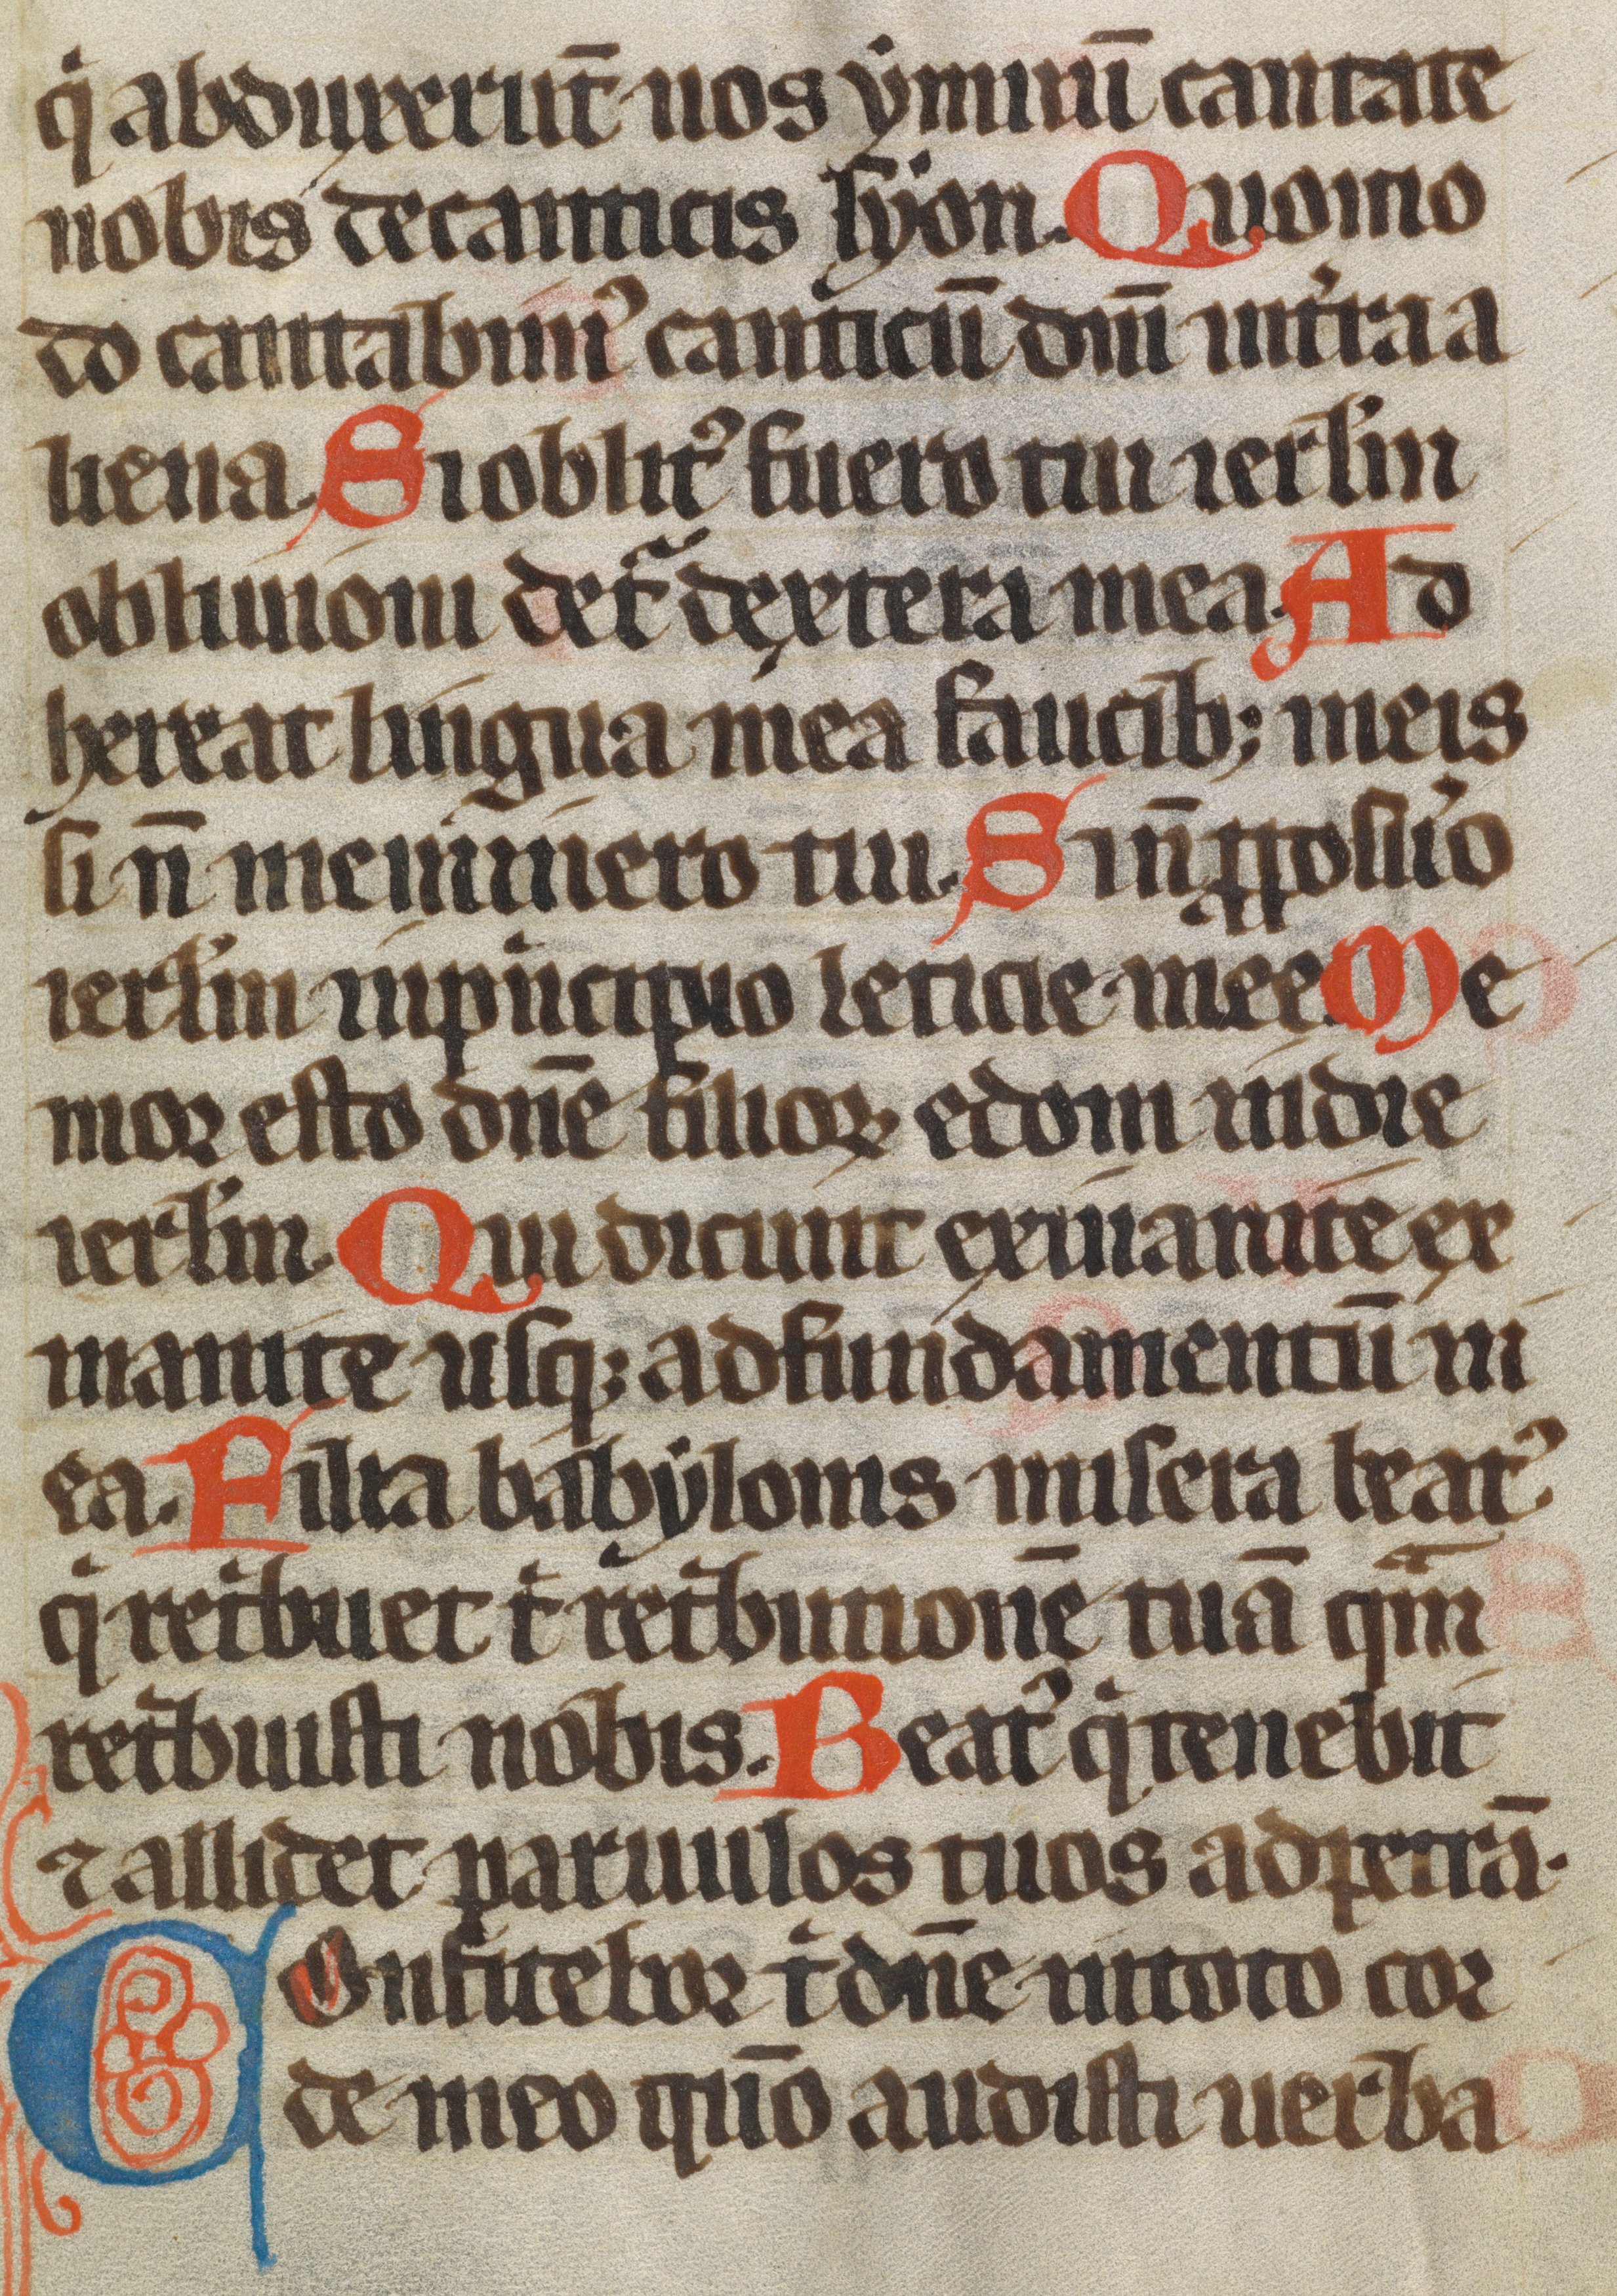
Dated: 1300–1399